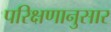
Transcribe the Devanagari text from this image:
परिक्षणानुसार